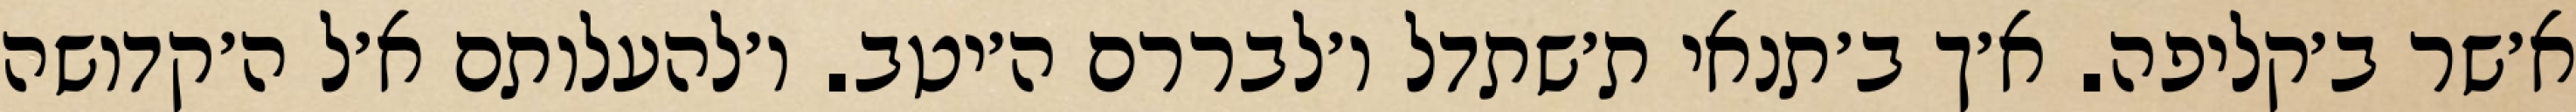
א׳שר ב׳קליפה. א׳ך ב׳תנאי ת׳שתדל ו׳לבררם ה׳יטב. ו׳להעלותם א׳ל ה׳קדושה